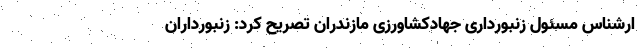
ارشناس مسئول زنبورداری جهادکشاورزی مازندران تصریح کرد: زنبورداران